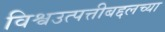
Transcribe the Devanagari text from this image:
विश्वउत्पत्तीबद्दलच्या